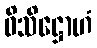
ဝိသိဋ္ဌောဟံ